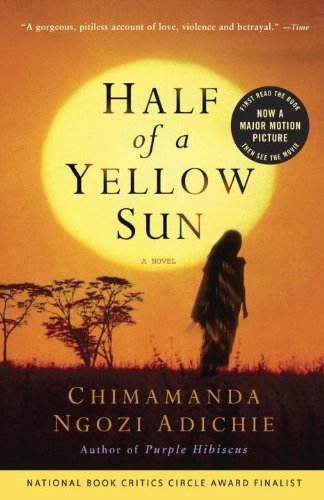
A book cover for Half of a Yellow Sun; Chimamanda Ngozi Adichie; Literature & Fiction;